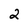
Character: 2